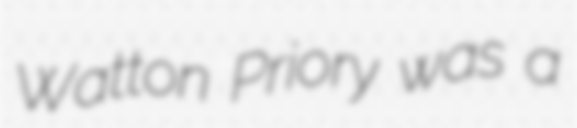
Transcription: Watton Priory was a